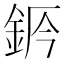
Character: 𨦄